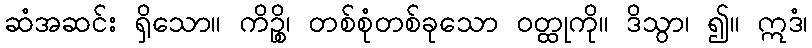
ဆံအဆင်း ရှိသော။ ကိဉ္စိ၊ တစ်စုံတစ်ခုသော ဝတ္ထုကို။ ဒိသွာ၊ ၍။ ဣဒံ၊